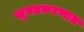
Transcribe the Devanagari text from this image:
खूनप्रकरणात